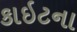
કાઇટના